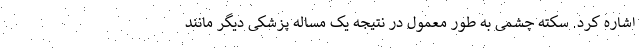
اشاره کرد. سکته چشمی به طور معمول در نتیجه یک مساله پزشکی دیگر مانند